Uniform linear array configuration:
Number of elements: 64
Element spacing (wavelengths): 0.75
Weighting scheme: blackman
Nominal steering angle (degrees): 45
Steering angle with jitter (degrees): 43.143
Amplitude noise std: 0.05
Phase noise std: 0.05

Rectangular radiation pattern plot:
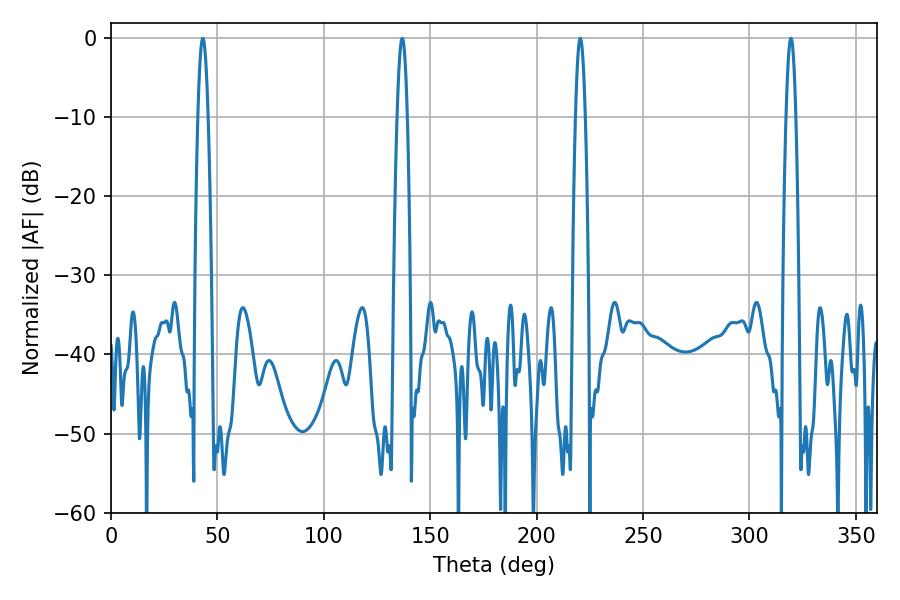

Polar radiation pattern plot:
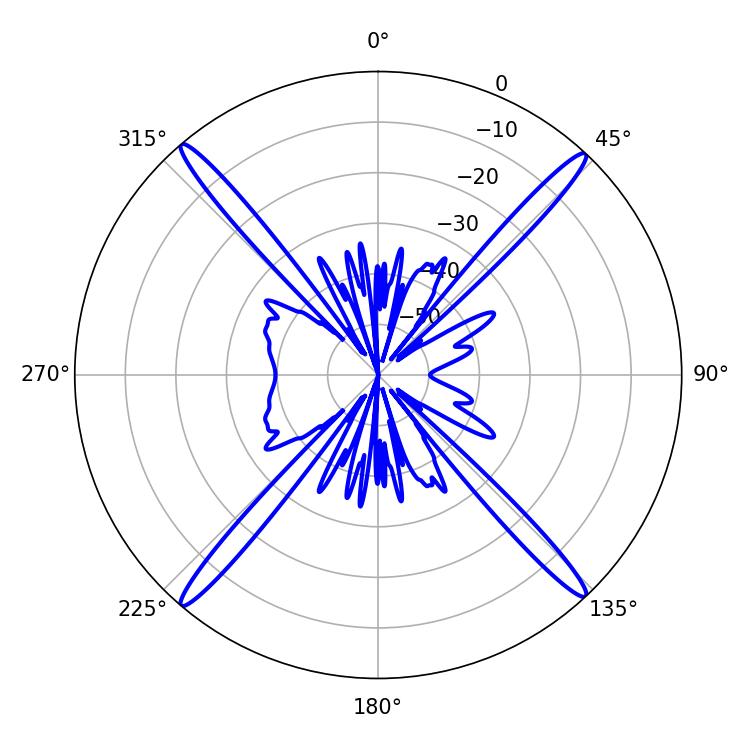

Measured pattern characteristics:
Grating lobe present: TRUE
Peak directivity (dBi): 25.229
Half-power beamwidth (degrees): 2.52
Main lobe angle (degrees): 319.5